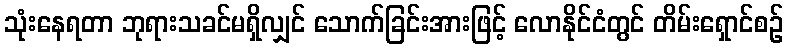
သုံးနေရတာ ဘုရားသခင်မရှိလျှင် သောက်ခြင်းအားဖြင့် လောနိုင်ငံတွင် တိမ်းရှောင်စဉ်